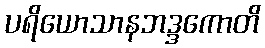
ပရိယောသာနဘဒ္ဒကောတိ